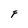
Character: F